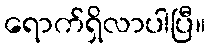
ရောက်ရှိလာပါပြီ။